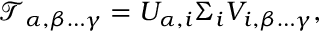
\mathcal { T } _ { \alpha , \beta \dots \gamma } = U _ { \alpha , i } \Sigma _ { i } V _ { i , \beta \dots \gamma } ,